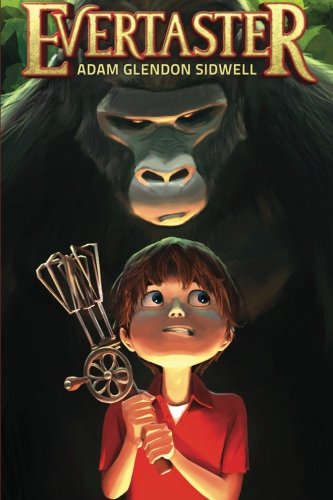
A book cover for Evertaster; Adam Glendon Sidwell; Teen & Young Adult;